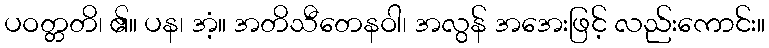
ပဝတ္တတိ၊ ၏။ ပန၊ အံ့။ အတိသီတေနဝါ၊ အလွန် အအေးဖြင့် လည်းကောင်း။